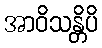
အာဝိသန္တိပိ